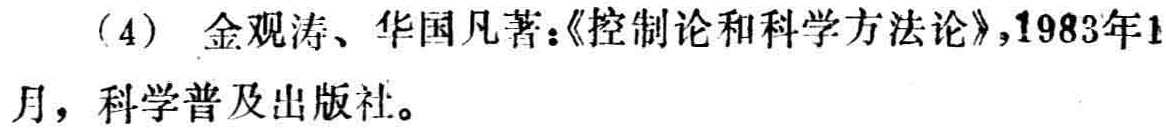
(4) 金观涛、华国凡著：《控制论和科学方法论》，1983年1月，科学普及出版社。